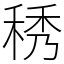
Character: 䅎